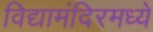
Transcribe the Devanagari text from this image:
विद्यामंदिरमध्ये